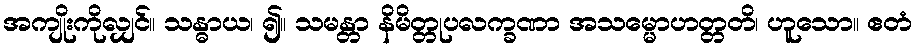
အကျိုးကိုလျှင်။ သန္ဓာယ၊ ၍။ သမန္တာ နိမိတ္တုပလက္ခဏာ အသမ္မောဟတ္တတိ၊ ဟူသော။ ဧတံ